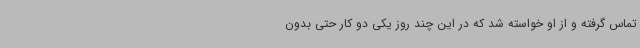
تماس گرفته و از او خواسته شد که در این چند روز یکی دو کار حتی بدون